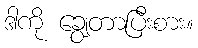
ဒါကို ချွေတာပြီးစား။